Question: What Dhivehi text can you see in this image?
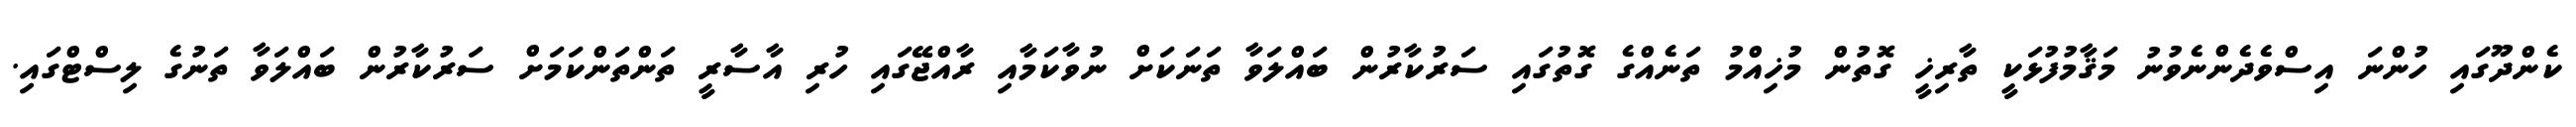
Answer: ކެންދޫގައި ހުންނަ އިސްވެދެންނެވުނު މަޤާމުފުޅަކީ ތާރިޚީ ގޮތުން މުޚިއްމު ތަނެއްގެ ގޮތުގައި ސަރުކާރުން ބައްލަވާ ތަނަކަށް ނުވާކަމާއި ރާއްޖޭގައި ހުރި އާސާރީ ތަންތަންކަމަށް ސަރުކާރުން ބައްލަވާ ތަނުގެ ލިސްޓްގައި.